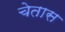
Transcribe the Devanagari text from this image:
चेतास